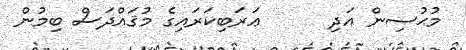
މުޙުސިން އަދި      ޢަރަބިކަރައިގެ މުޤައްދަސް ބިމުން